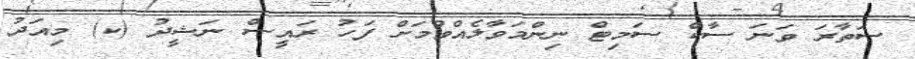
ސަތާރަ ވަނަ ސާކް ސަމިޓް ނިންމަވާލެއްވުމަށް ފަހު ރައީސް ނަޝީދު (ކ) މިއަދު